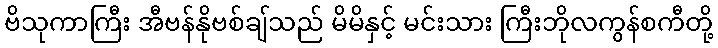
ဗိသုကာကြီး အီဗန်နိုဗစ်ချ်သည် မိမိနှင့် မင်းသား ကြီးဘိုလကွန်စကီတို့